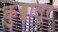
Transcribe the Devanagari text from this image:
कुड्डालूर